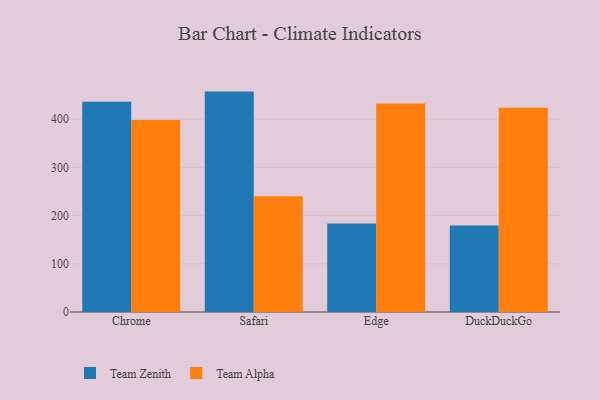
{"axis": {"x": "Browser", "y": "Population (Million)"}, "legend": ["Team Alpha", "Team Zenith"], "data": [{"x": "Chrome", "y": 436.3, "type": "Team Zenith"}, {"x": "Chrome", "y": 398.3, "type": "Team Alpha"}, {"x": "Safari", "y": 457.2, "type": "Team Zenith"}, {"x": "Safari", "y": 240.1, "type": "Team Alpha"}, {"x": "Edge", "y": 183.4, "type": "Team Zenith"}, {"x": "Edge", "y": 432.6, "type": "Team Alpha"}, {"x": "DuckDuckGo", "y": 179.4, "type": "Team Zenith"}, {"x": "DuckDuckGo", "y": 423.5, "type": "Team Alpha"}]}